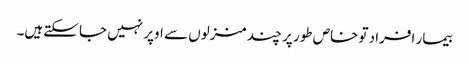
بیمار افراد تو خاص طور پر چند منزلوں سے اوپر نہیں جا سکتےہیں۔